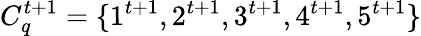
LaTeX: C_{q}^{t+1}=\{ 1^{t+1},2^{t+1},3^{t+1},4^{t+1},5^{t+1}\}